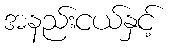
အနည်းငယ်နှင့်